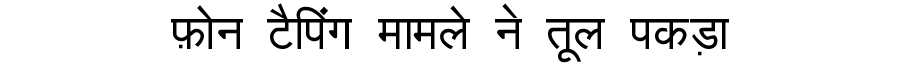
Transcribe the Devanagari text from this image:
फ़ोन टैपिंग मामले ने तूल पकड़ा